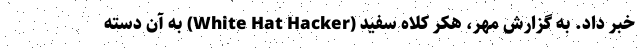
خبر داد. به گزارش مهر، هکر کلاه سفید (White Hat Hacker) به آن دسته